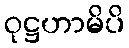
ဝုဋ္ဌဟာမိပိ